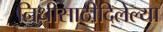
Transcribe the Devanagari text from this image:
निधीसाठीदिलेल्या